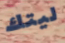
ليتك